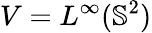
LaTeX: V=L^{\infty}(\mathbb{S}^{2})